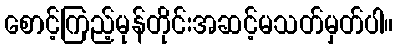
စောင့်ကြည့်မုန်တိုင်းအဆင့်မသတ်မှတ်ပါ။